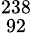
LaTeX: ^{238}_{\ 92}